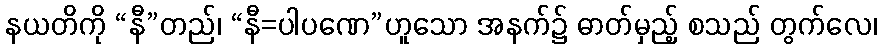
နယတိကို “နီ”တည်၊ “နီ=ပါပဏေ”ဟူသော အနက်၌ ဓာတ်မှည့် စသည် တွက်လေ၊